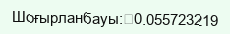
Шоғырланбауы:	0.055723219